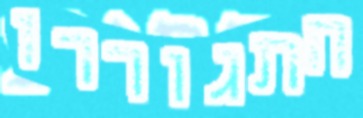
התגוררו